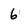
Character: 6